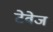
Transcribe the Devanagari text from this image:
टेवेज